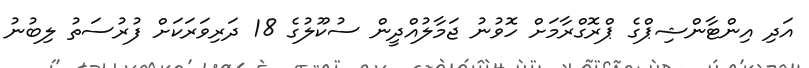
އަދި އިންޓާންޝިޕްގެ ޕްރޮގްރާމަށް ހޮވުނު ޖަމާލުއްދީން ސުކޫލުގެ 18 ދަރިވަރަކަށް ފުރުސަތު ލިބުނު